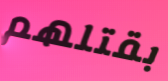
بقتلهم